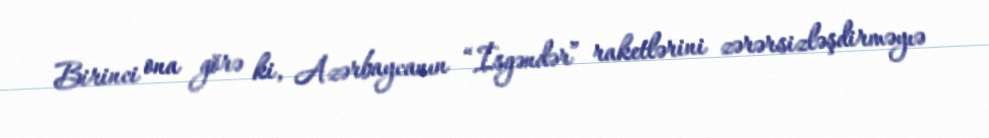
Birinci ona görə ki, Azərbaycanın “İsgəndər” raketlərini zərərsizləşdirməyıə